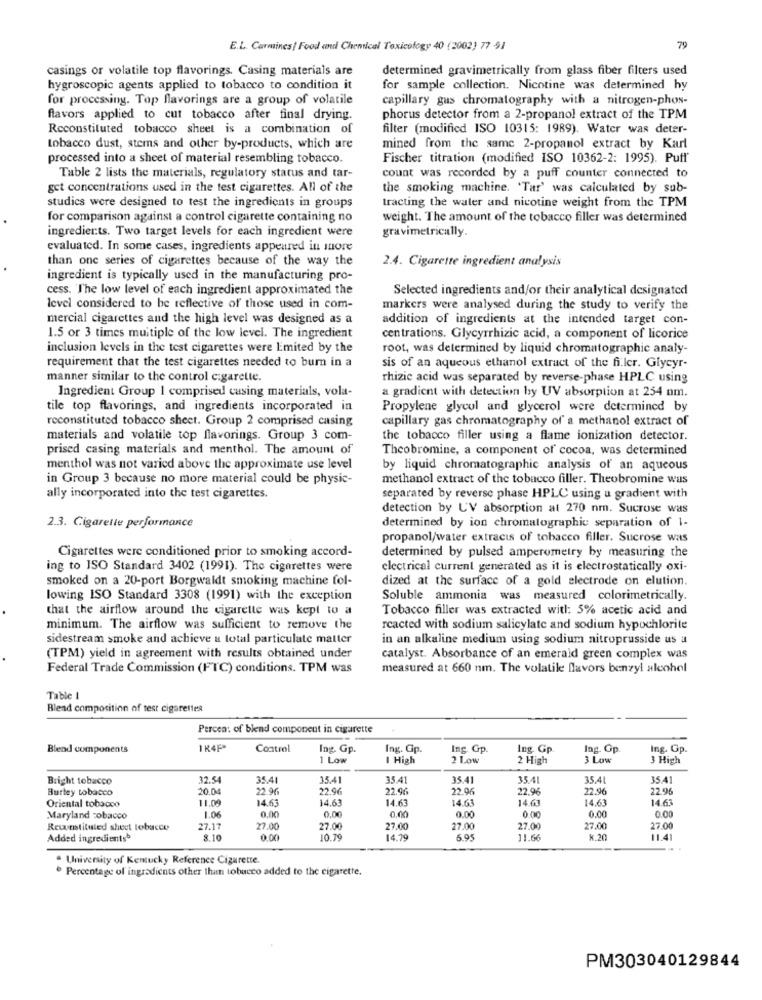
E.L. Carmines! Food and Chemical Toxicology 40 (2002) 77 91
79
casings or volatile top flavorings. Casing materials are
determined gravimetrically from glass fiber filters used
hygroscopic agents applied to tobacco to condition it
for sample collection. Nicotine was determined hy
for processing. Top flavorings are a group of volatile
capillary gas chromatography with a nitrogen-phos-
flavors applied to cut tobacco after final drying.
phorus detector from a 2-propanol extract of the TPM
Reconstituted tobacco sheet is a combination of
filter (modified ISO 10315: 1989). Water was deter-
tobacco dust, stems and other by-products, which are
mined from the same 2-propanol extract by Karl
processed into a sheet of material resembling tobacco.
Fischer titration (modified ISO 10362-2: 1995). Puff'
Table 2 lists the materials, regulatory status and tar-
count was recorded by a puff counter connected to
get concentrations used in the test cigarettes. All of the
the smoking machine. 'Tar' was calculated by sub-
studics were designed to test the ingredients in groups
tracting the water and nicotine weight from the TPM
for comparison against a control cigarette containing no
weight. The amount of the tobacco filler was determined
ingredients. Two target levels for each ingredient were
gravimetrically.
evaluated. In some cases, ingredients appeared in more
than one series of cigarettes because of the way the
2.4. Cigarette ingredient analysis
ingredient is typically used in the manufacturing pro-
cess. "The low level of each ingredient approximated the
Selected ingredients and/or their analytical designated
level considered to be reflective of those used in com-
markers were analysed during the study to verify the
mercial cigarettes and the high level was designed as a
addition of ingredients at the intended target con-
1.5 or 3 times multiple of the low level. The ingredient
centrations. Glycyrrhizic acid, a component of licorice
inclusion levels in the test cigarettes were Emited by the
root, was determined by liquid chromatographic analy-
requirement that the test cigarettes needed to burn in a
sis of an aqueous ethanol extract of the fi ler. Glycyr-
manner similar to the control cigarette.
rhizic acid was separated by reverse-phase HPLC using
Ingredient Group 1 comprised cusing materials, vola-
a gradient with detection by UV absorption at 254 nm.
tile top flavorings, and ingredients incorporated in
Propylene glycol and glycerol were determined by
reconstituted tobacco sheet. Group 2 comprised casing
capillary gas chromatography of' a methanol extract of
materials and volatile top flavorings. Group 3 com-
the tobacco filler using a flame ionization detector.
prised casing materials and menthol. The amount of
Theobromine, a component of cocoa, was determined
menthol was not varied above the approximate use level
by liquid chromatographic analysis of an aqueous
in Group 3 because no more material could be physic-
methanol extract of the tobacco filler. Theobromine was
ally incorporated into the test cigarettes.
separated by reverse phase HPLC using a gradient with
detection by L'V absorption at 270 nm. Sucrose was
2.3. Cigarette performance
determined by ion chromatographic separation of 1-
propanol/water extracts of tobacco filler. Sucrose was
Cigarettes were conditioned prior to smoking accord-
determined by pulsed amperometry by measuring the
ing to ISO Standard 3402 (1991). The cigarettes were
electrical current generated as it is electrostatically oxi-
smoked on a 20-port Borgwaldt smoking machine fol-
dized at the surface of a gold electrode on elution.
lowing ISO Standard 3308 (1991) with the exception
Soluble ammonia was measured colorimetrically.
that the airflow around the cigarette was kept to a
Tobacco filler was extracted with: 5% acetic acid and
minimum. The airflow was sufficient to remove the
reacted with sodium salicylate and sodium hypochlorite
sidestream smoke and achieve a total particulate matter
in an alkaline medium using sodium nitroprusside us a
(TPM) yield in agreement with results obtained under
catalyst. Absorbance of an emerald green complex was
Federal Trade Commission (FTC) conditions. TPM was
measured at 660 nm. The volatile flavors benzyl alcohol
Table 1
Blend composition of test cigarettes
Percen: of blend component in cigarette
Blend components
Control
Ing. Gp.
Ing. Gp.
Ing. Gp.
Ing. Gp.
Ing. Op.
Ing. Gp.
1 Low
I High
2 Low
2 High
3 Low
3 High
Bright tobacco
32.5
35.41
35.41
35.4
35.41
35.4
35.4
354
Burley tobacco
2000
22.96
22.96
22.96
22.96
22.96
22.96
2.96
11.0
14.63
14.63
14.6
14.63
14.63
14.63
Oriental tobacco
0.00
0.00
0.00
Maryland tobacco
1.06
0.00
0.00
0.00
0.00
Rewnstituted sheet tobacco
27.17
27.00
27.00
27.00
27.00
27.0
27.00
27.00
Added ingredients
8.10
0.00
10.79
14.79
6.95
11.66
* 20
11.4
University of Kentucky Reference Cigarette.
Percentage of ingredients other than tobacco added to the cigarette.
PM303040129844